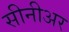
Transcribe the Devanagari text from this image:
सीनीअर